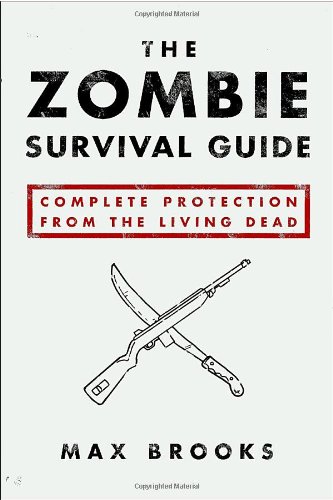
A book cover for The Zombie Survival Guide: Complete Protection from the Living Dead; Max Brooks; Humor & Entertainment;